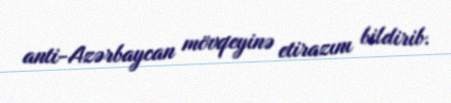
anti-Azərbaycan mövqeyinə etirazını bildirib.